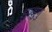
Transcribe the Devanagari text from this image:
झुञ्झुणु